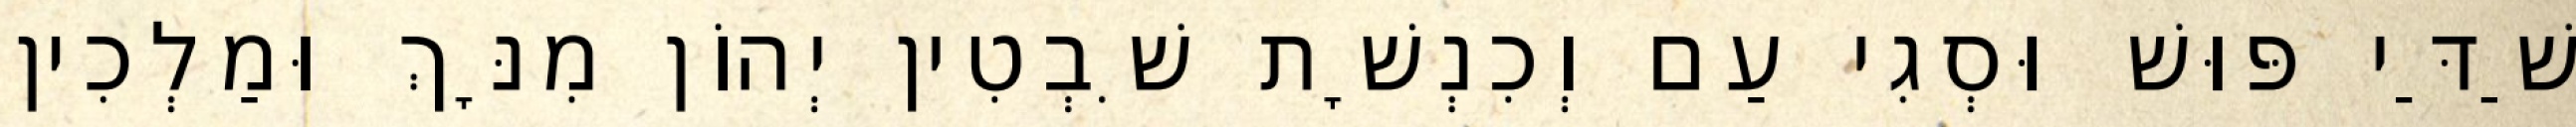
שַׁדַּי פּוּשׁ וּסְגִי עַם וְכִנְשָׁת שִׁבְטִין יְהוֹן מִנָּךְ וּמַלְכִין